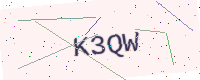
Text: K3QW